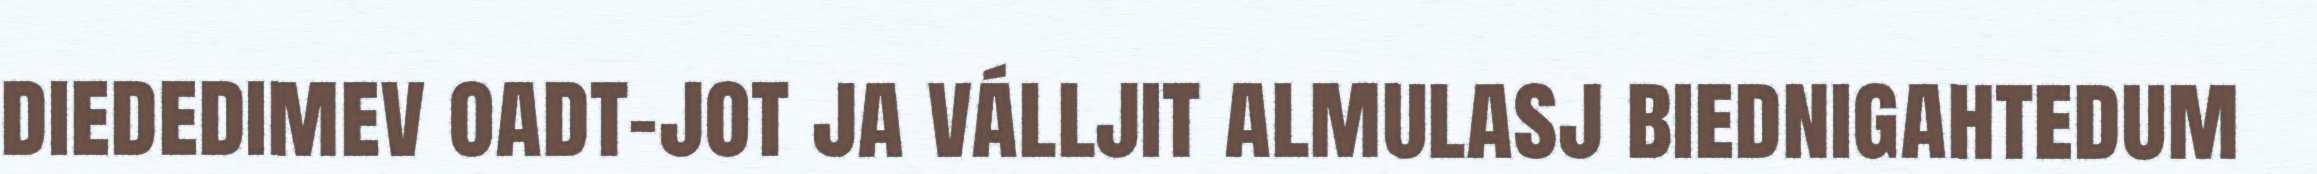
diededimev oadt-jot ja válljit almulasj biednigahtedum